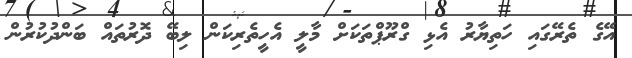
އޭގެ ތެރޭގައި ހަތިޔާރު އެޅި ގްރޫޕްތަކަށް މާލީ އެހީތެރިކަން ލިބޭ ދޮރުތައް ބަންދުކުރުން